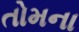
તોમના